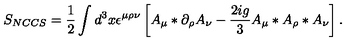
S _ { N C C S } = \frac { 1 } { 2 } \int d ^ { 3 } x \epsilon ^ { \mu \rho \nu } \left[ A _ { \mu } \ast \partial _ { \rho } A _ { \nu } - \frac { 2 i g } { 3 } A _ { \mu } \ast A _ { \rho } \ast A _ { \nu } \right] .